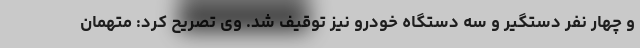
و چهار نفر دستگیر و سه دستگاه خودرو نیز توقیف شد. وی تصریح کرد: متهمان